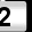
Digit: 2